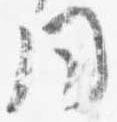
問